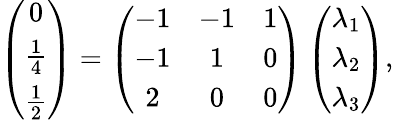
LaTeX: \left(\begin{array}{c}{0}\\ {\frac{1}{4}}\\ {\frac{1}{2}}\end{array}\right)=\left(\begin{array}{ccc}{-1}&{-1}&{1}\\ {-1}&{1}&{0}\\ {2}&{0}&{0}\end{array}\right)\left(\begin{array}{c}{\lambda_{1}}\\ {\lambda_{2}}\\ {\lambda_{3}}\end{array}\right),